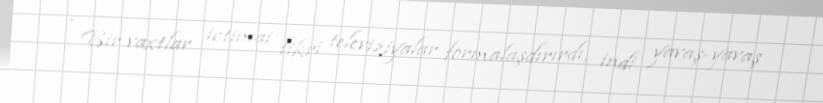
- Bir vaxtlar ictimai fikri televiziyalar formalaşdırırdı, indi yavaş-yavaş